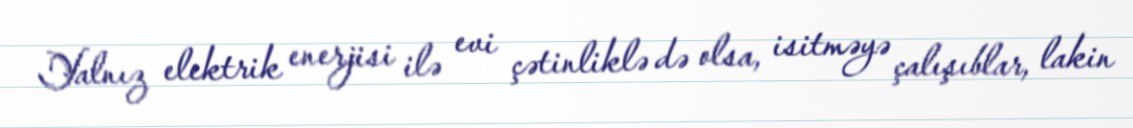
Yalnız elektrik enerjisi ilə evi çətinliklə də olsa, isitməyə çalışıblar, lakin